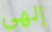
إلهي